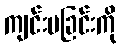
ကျင်းပခြင်းကို